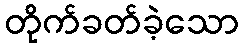
တိုက်ခတ်ခဲ့သော